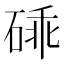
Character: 䂷